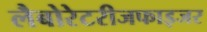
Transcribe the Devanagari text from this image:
लैबोरेटरीजफाइजर